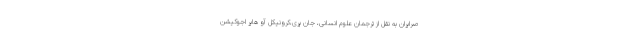
صرایران به نقل از ترجمان علوم انسانی، جان پری،کرونیکل آو هایر اجوکیشن